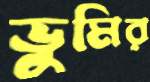
ভুমির